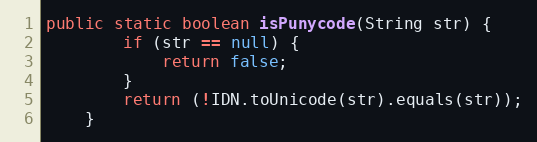
Language: Java
public static boolean isPunycode(String str) {
		if (str == null) {
			return false;
		}
		return (!IDN.toUnicode(str).equals(str));
	}